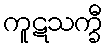
ကူဋသက္ခီ